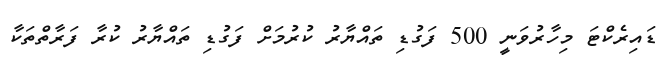
ޑައިރެކްޓަ މިހާރުވަނީ 500 ފަގުޑި ތައްޔާރު ކުރުމަށް ފަގުޑި ތައްޔާރު ކުރާ ފަރާތްތަކާ